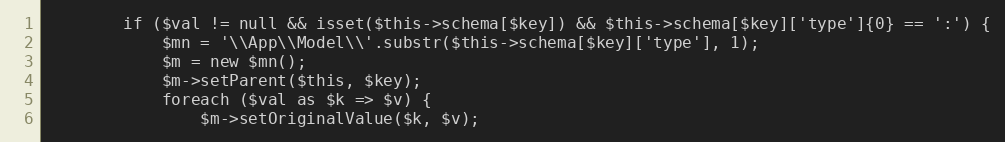
Language: PHP
		if ($val != null && isset($this->schema[$key]) && $this->schema[$key]['type']{0} == ':') {
			$mn = '\\App\\Model\\'.substr($this->schema[$key]['type'], 1);
			$m = new $mn();
			$m->setParent($this, $key);
			foreach ($val as $k => $v) {
				$m->setOriginalValue($k, $v);